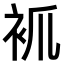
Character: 𧘷